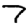
Digit: 7